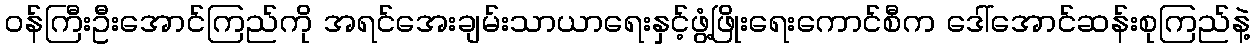
ဝန်ကြီးဦးအောင်ကြည်ကို အရင်အေးချမ်းသာယာရေးနှင့်ဖွံ့ဖြိုးရေးကောင်စီက ဒေါ်အောင်ဆန်းစုကြည်နဲ့